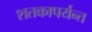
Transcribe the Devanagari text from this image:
शतकापर्यन्त